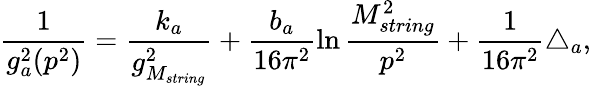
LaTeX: \frac{1}{g_{a}^{2}(p^{2})}=\frac{k_{a}}{g_{M_{string}}^{2}}+\frac{b_{a}}{16\pi^{2}}\ln\frac{M_{string}^{2}}{p^{2}}+\frac{1}{16\pi^{2}}\triangle_{a},